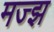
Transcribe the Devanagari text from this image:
मज्झ